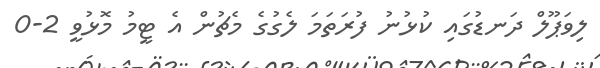
ލިވަޕޫލް ދަނޑުގައި ކުޅުނު ފުރަތަމަ ލެގުގެ މެޗުން އެ ޓީމު މޮޅުވީ 2-0